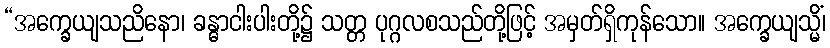
“အက္ခေယျသညိနော၊ ခန္ဓာငါးပါးတို့၌ သတ္တ ပုဂ္ဂလစသည်တို့ဖြင့် အမှတ်ရှိကုန်သော။ အက္ခေယျသ္မိံ၊